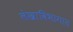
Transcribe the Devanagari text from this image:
लेखाविभागात